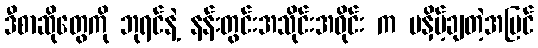
ဒီစာဆိုတွေကို ဘုရင်နဲ့ နန်းတွင်းအသိုင်းအဝိုင်း က မနှိမ့်ချတဲ့အပြင်